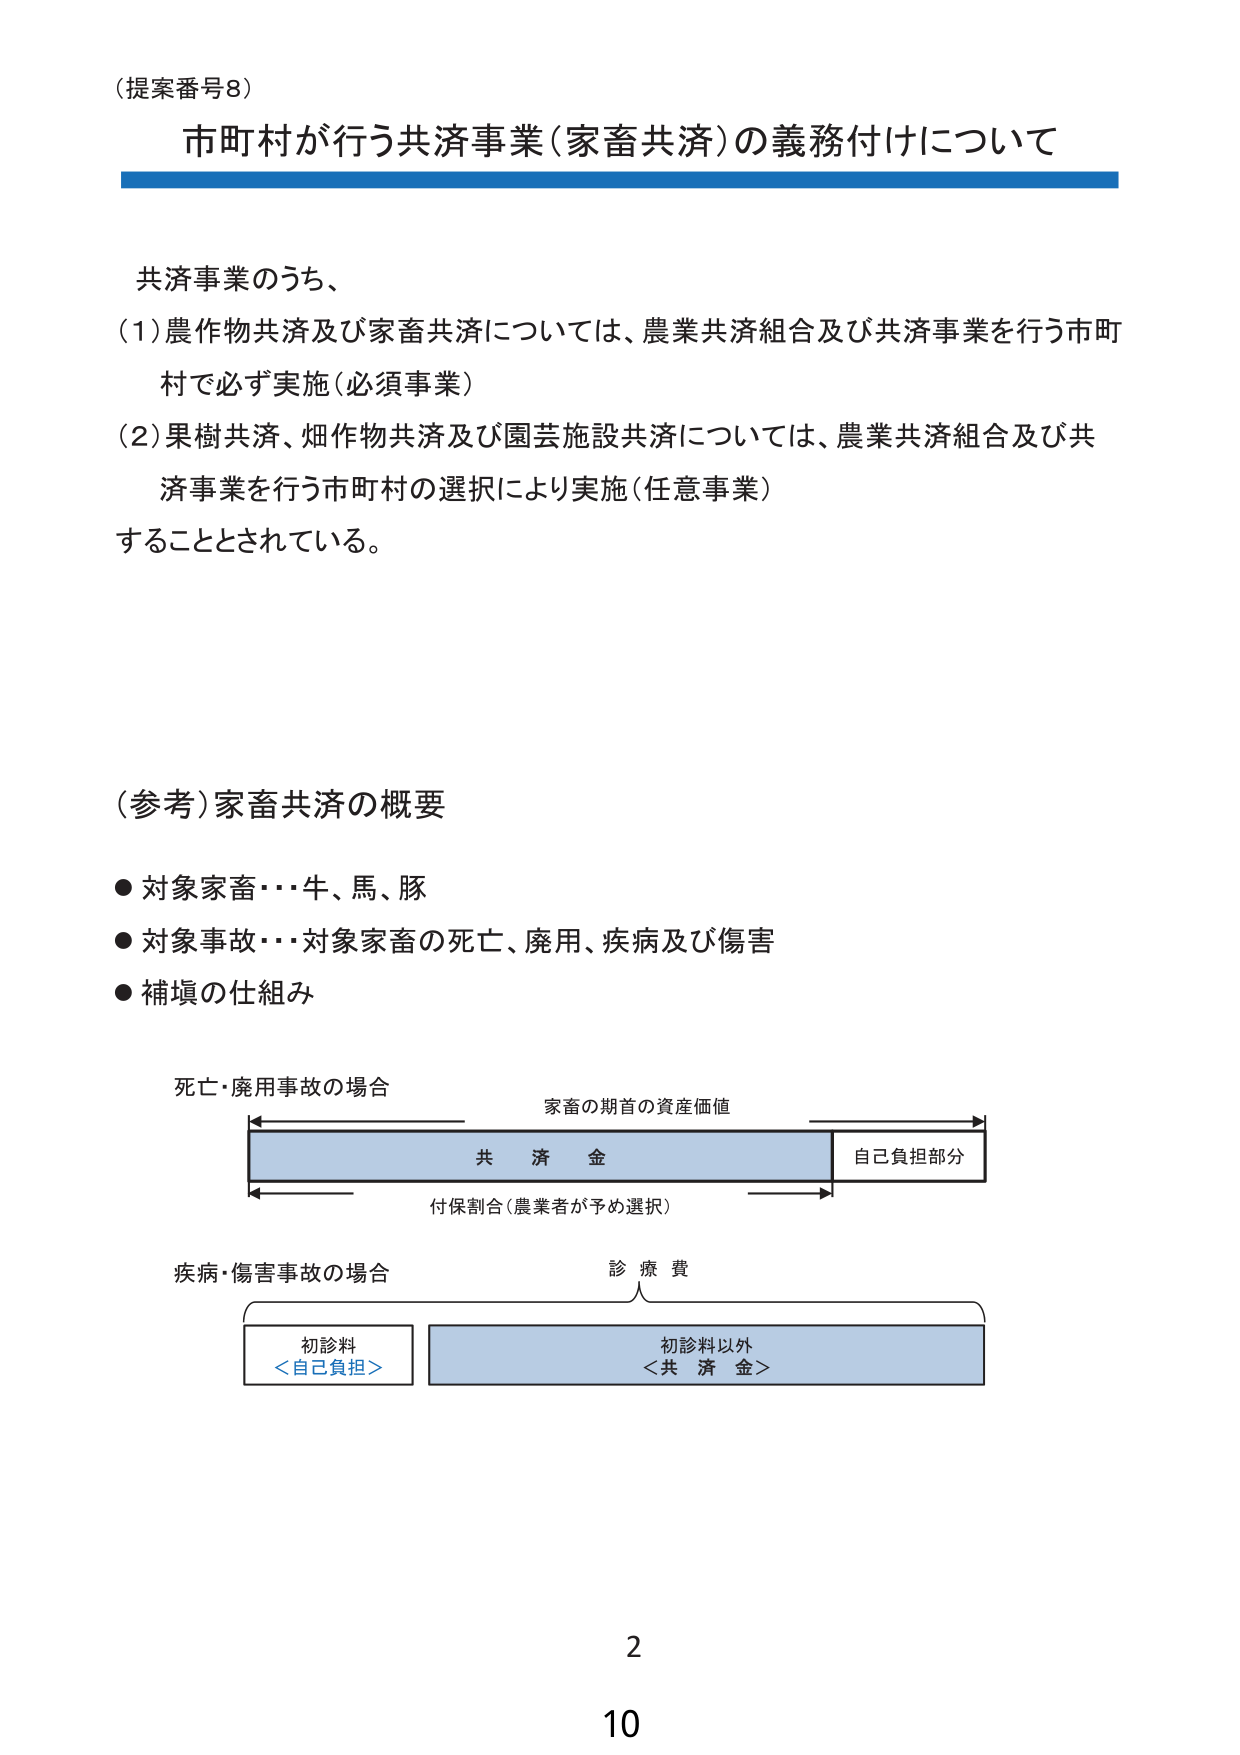
（提案番号8）

市町村が行う共済事業（家畜共済）の義務付けについて

共済事業のうち、
（1）農作物共済及び家畜共済については、農業共済組合及び共済事業を行う市町村で必ず実施（必須事業）
（2）果樹共済、畑作物共済及び園芸施設共済については、農業共済組合及び共済事業を行う市町村の選択により実施（任意事業）することとされている。

（参考）家畜共済の概要
● 対象家畜・・・牛、馬、豚
● 対象事故・・・対象家畜の死亡、廃用、疾病及び傷害
● 補填の仕組み

死亡・廃用事故の場合
家畜の期首の資産価値
共済金
自己負担部分
付保割合（農業者が予め選択）

疾病・傷害事故の場合
診療費
初診料
＜自己負担＞
初診料以外
＜共済金＞

2
10